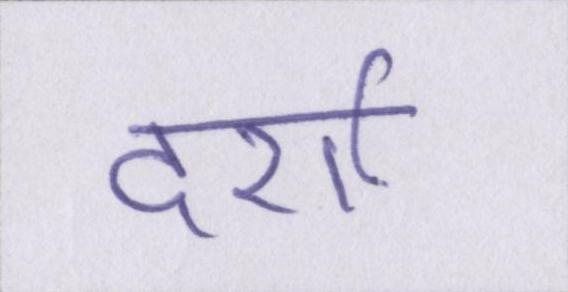
दर्शा